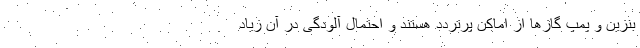
بنزین و پمپ گازها از اماکن پرتردد هستند و احتمال آلودگی در آن زیاد